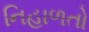
નિહાળતો